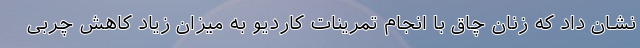
نشان داد که زنان چاق با انجام تمرینات کاردیو به میزان زیاد کاهش چربی